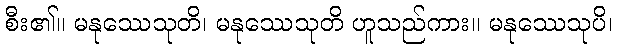
စီး၏။ မနုဿေသုတိ၊ မနုဿေသုတိ ဟူသည်ကား။ မနုဿေသုပိ၊